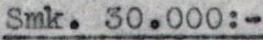
Smk. 30.000:-